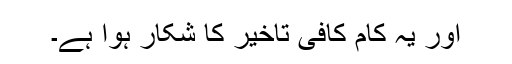
اور یہ کام کافی تاخیر کا شکار ہوا ہے۔